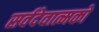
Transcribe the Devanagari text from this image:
सर्वदेवात्मको